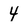
Character: 4